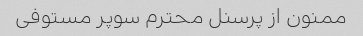
ممنون از پرسنل محترم سوپر مستوفی